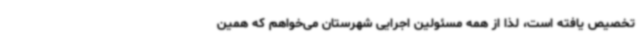
تخصیص یافته است، لذا از همه مسئولین اجرایی شهرستان می‌خواهم که همین